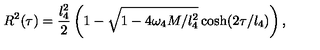
R ^ { 2 } ( \tau ) = \frac { l _ { 4 } ^ { 2 } } { 2 } \left( 1 - \sqrt { 1 - 4 \omega _ { 4 } M / l _ { 4 } ^ { 2 } } \cosh ( 2 \tau / l _ { 4 } ) \right) ,